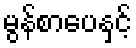
မွန်စာပေနှင့်